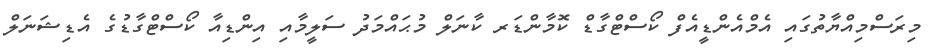
މިރަސްމިއްޔާތުގައި އެމްއެންޑީއެފް ކޯސްޓްގާޑް ކޮމާންޑަރ ކާނަލް މުޙައްމަދު ސަލީމާއި އިންޑިއާ ކޯސްޓްގާޑުގެ އެޑިޝަނަލް